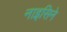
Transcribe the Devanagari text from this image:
नाइसिने